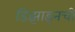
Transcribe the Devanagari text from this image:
डिझाइनची